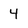
Character: 4